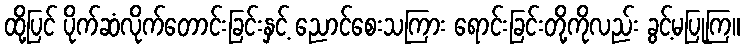
ထို့ပြင် ပိုက်ဆံလိုက်တောင်းခြင်းနှင့် ညောင်စေးသကြား ရောင်းခြင်းတို့ကိုလည်း ခွင့်မပြုကြ။